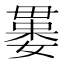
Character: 𣫻